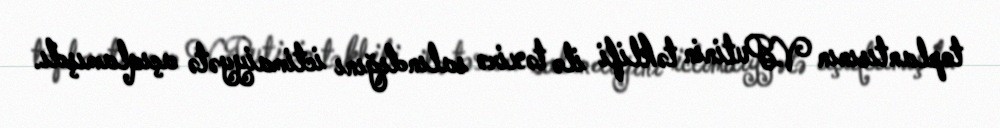
toplantısının V.Putinin təklifi ilə təxirə salındığını ictimaiyyətə açıqlamışdı.